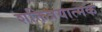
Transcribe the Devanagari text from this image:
शक्तित्रयात्मक